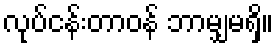
လုပ်ငန်းတာဝန် ဘာမျှမရှိ။